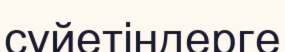
сүйетіндерге